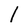
Character: 1